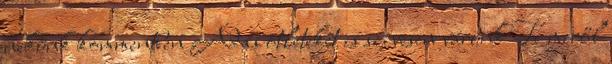
nekünk kommentben Adás ötleteket is szívesen várunk Te miről